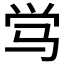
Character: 𬳸